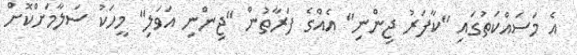
އެ މަސައްކަތުގައި "ކާފަރު ޖިންނި" އެއްގެ ފަރާތުން "ޖިންނި އަވަލި" މީހަކު ސަލާމަށްކޮށް